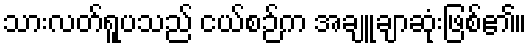
သားလတ်ရူပသည် ငယ်စဉ်က အချူချာဆုံးဖြစ်၏။